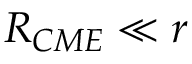
R _ { C M E } \ll r